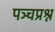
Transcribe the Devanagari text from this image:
पञ्चप्रश्न